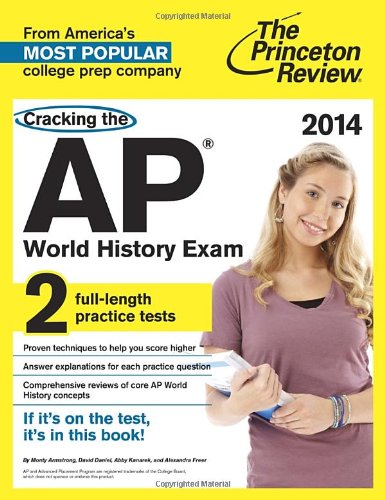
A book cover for Cracking the AP World History Exam, 2014 Edition (College Test Preparation); Princeton Review; History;